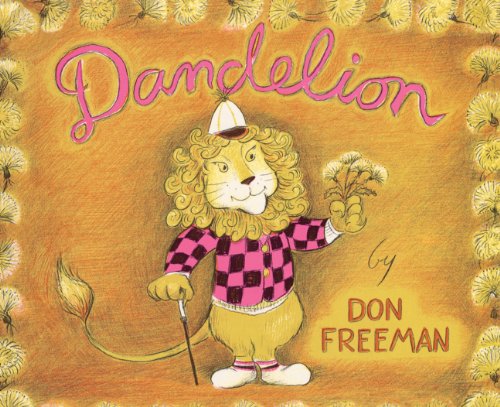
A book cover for Dandelion (Turtleback School & Library Binding Edition); Don Freeman; Children's Books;